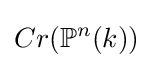
Cr(\mathbb {P} ^{n}(k))